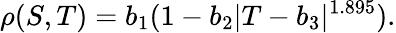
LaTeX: \rho(S,T)=b_{1}(1-b_{2}|T-b_{3}|^{1.895}).